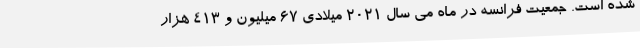
شده است. جمعیت فرانسه در ماه می سال ۲۰۲۱ میلادی ۶۷ میلیون و ۴۱۳ هزار